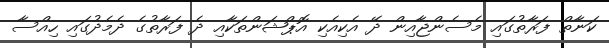
ކަނާތް ފަރާތުގައި މެސެންޖާއިން ދޭ އެކިއެކި އޮޕްޝަންތަކާއި ދެ ފަރާތުގެ ދެމެދުގައި ހިއްސާ